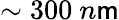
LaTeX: \sim300\ n\mathsf{m}